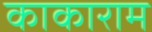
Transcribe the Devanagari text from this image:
काकाराम